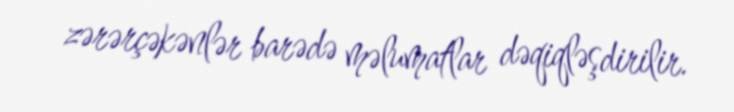
zərərçəkənlər barədə məlumatlar dəqiqləşdirilir.